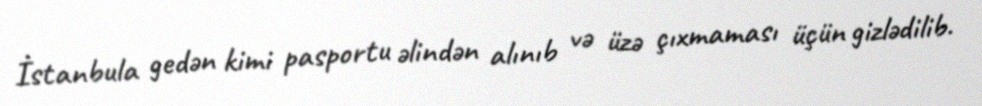
İstanbula gedən kimi pasportu əlindən alınıb və üzə çıxmaması üçün gizlədilib.